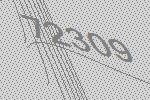
72309